Civil Veterinary Dept. Assam report 1927-50 - 1927-1950
Year: 1927
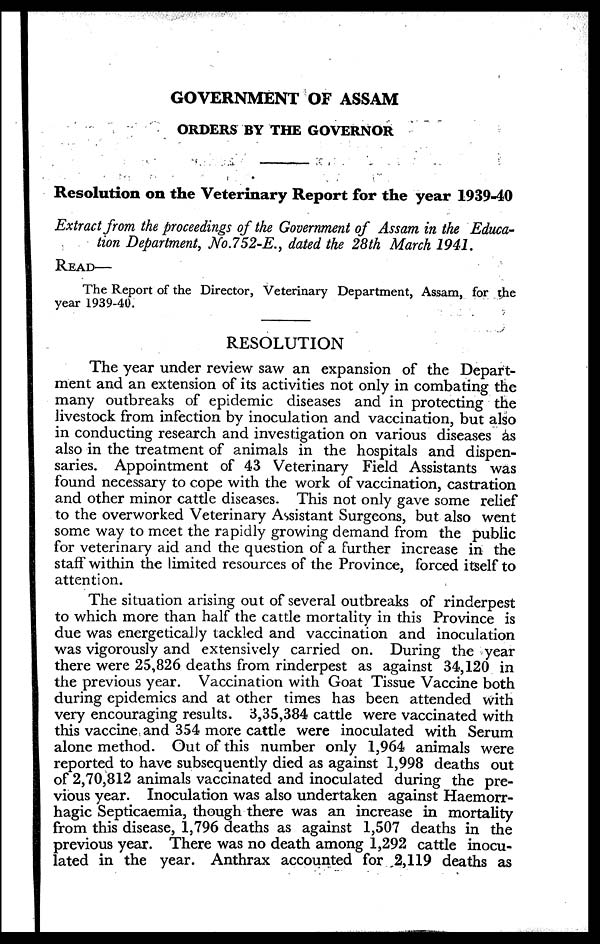
GOVERNMENT OF ASSAM
ORDERS BY THE GOVERNOR
Resolution on the Veterinary Report for the year 1939-40
Extract from the proceedings of the Government of Assam in the Educa-
tion Department, No.752-E., dated the 28th March 1941.
READ—
The Report of the Director, Veterinary Department, Assam, for the
year 1939-40.
RESOLUTION
The year under review saw an expansion of the Depart-
ment and an extension of its activities not only in combating the
many outbreaks of epidemic diseases and in protecting the
livestock from infection by inoculation and vaccination, but also
in conducting research and investigation on various diseases as
also in the treatment of animals in the hospitals and dispen-
saries. Appointment of 43 Veterinary Field Assistants was
found necessary to cope with the work of vaccination, castration
and other minor cattle diseases. This not only gave some relief
to the overworked Veterinary Assistant Surgeons, but also went
some way to meet the rapidly growing demand from the public
for veterinary aid and the question of a further increase in the
staff within the limited resources of the Province, forced itself to
attention.
The situation arising out of several outbreaks of rinderpest
to which more than half the cattle mortality in this Province is
due was energetically tackled and vaccination and inoculation
was vigorously and extensively carried on. During the year
there were 25,826 deaths from rinderpest as against 34,120 in
the previous year. Vaccination with Goat Tissue Vaccine both
during epidemics and at other times has been attended with
very encouraging results. 3,35,384 cattle were vaccinated with
this vaccine and 354 more cattle were inoculated with Serum
alone method. Out of this number only 1,964 animals were
reported to have subsequently died as against 1,998 deaths out
of 2,70,812 animals vaccinated and inoculated during the pre-
vious year. Inoculation was also undertaken against Haemorr-
hagic Septicaemia, though there was an increase in mortality
from this disease, 1,796 deaths as against 1,507 deaths in the
previous year. There was no death among 1,292 cattle inocu-
lated in the year. Anthrax accounted for 2,119 deaths as